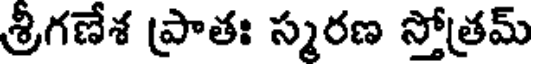
శ్రీగణేశ ప్రాతః స్మరణ స్తోత్రమ్